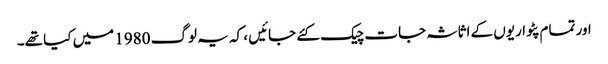
اور تمام پٹواریوں کے اثاثہ جات چیک کئے جائیں ، کہ یہ لوگ 1980 میں کیا تھے۔